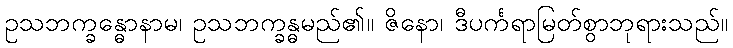
ဥသဘက္ခန္ဓောနာမ၊ ဥသဘက္ခန္ဓမည်၏။ ဇိနော၊ ဒီပင်္ကရာမြတ်စွာဘုရားသည်။